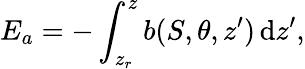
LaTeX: E_{a}=-\int_{z_{r}}^{z}b(S,\theta,z^{\prime})\, \mathrm{d}z^{\prime},